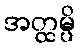
အတ္ထမ္ပိ